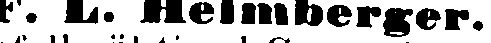
F. L. Helmberger.